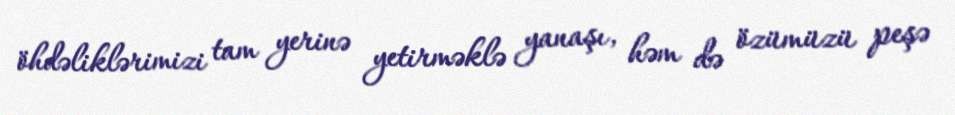
öhdəliklərimizi tam yerinə yetirməklə yanaşı, həm də özümüzü peşə